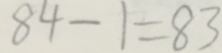
8 4 - 1 = 8 3